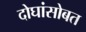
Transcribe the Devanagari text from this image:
दोघांसोबत